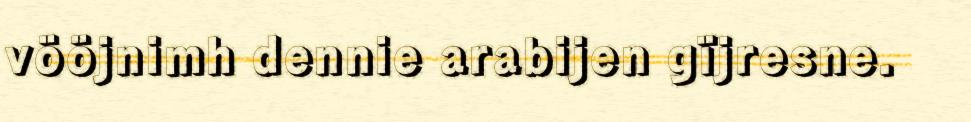
vööjnimh dennie arabijen gïjresne.